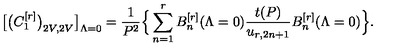
\big [ \big ( C _ { 1 } ^ { [ r ] } \big ) _ { 2 V , 2 V } \big ] _ { \Lambda = 0 } = \frac { 1 } { P ^ { 2 } } \Big \{ \sum _ { n = 1 } ^ { r } B _ { n } ^ { [ r ] } ( \Lambda = 0 ) \frac { t ( P ) } { u _ { r , 2 n + 1 } } B _ { n } ^ { [ r ] } ( \Lambda = 0 ) \Big \} .